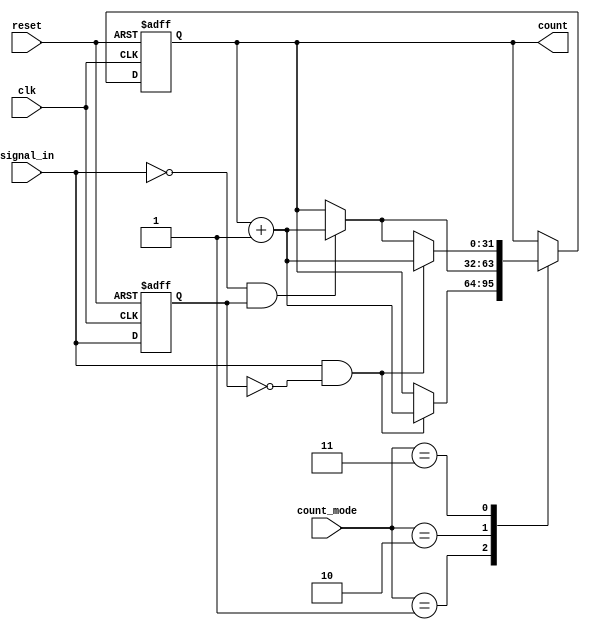
module edge_counter (
    input wire clk,               // Clock signal
    input wire reset,             // Asynchronous active-high reset
    input wire signal_in,         // Input signal to monitor
    input wire [1:0] count_mode,  // 00: None, 01: Rising, 10: Falling, 11: Both
    output reg [31:0] count       // 32-bit counter output
);

    reg signal_in_prev;           // Previous state of signal_in

    // Edge detection and counting
    always @(posedge clk or posedge reset) begin
        if (reset) begin
            count <= 32'b0;       // Reset count to zero
            signal_in_prev <= 1'b0; // Initialize previous state
        end else begin
            // Detect edges
            case (count_mode)
                2'b01: begin // Count rising edges
                    if (signal_in && !signal_in_prev) begin
                        count <= count + 1; // Increment on rising edge
                    end
                end
                2'b10: begin // Count falling edges
                    if (!signal_in && signal_in_prev) begin
                        count <= count + 1; // Increment on falling edge
                    end
                end
                2'b11: begin // Count both edges
                    if (signal_in && !signal_in_prev) begin
                        count <= count + 1; // Increment on rising edge
                    end else if (!signal_in && signal_in_prev) begin
                        count <= count + 1; // Increment on falling edge
                    end
                end
                default: begin
                    // Do nothing for count_mode = 00
                end
            endcase

            // Update previous state
            signal_in_prev <= signal_in;
        end
    end

endmodule